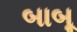
બાબૂ